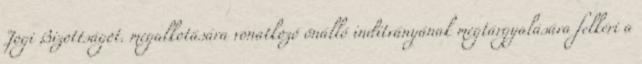
Jogi Bizottságot. megalkotására vonatkozó önálló indítványának megtárgyalására felkéri a